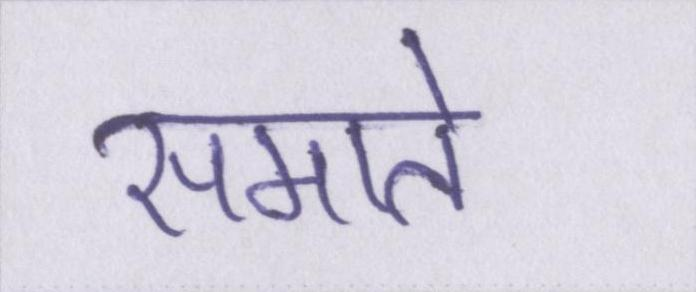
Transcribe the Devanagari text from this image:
समाते